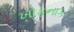
ખોફનાક